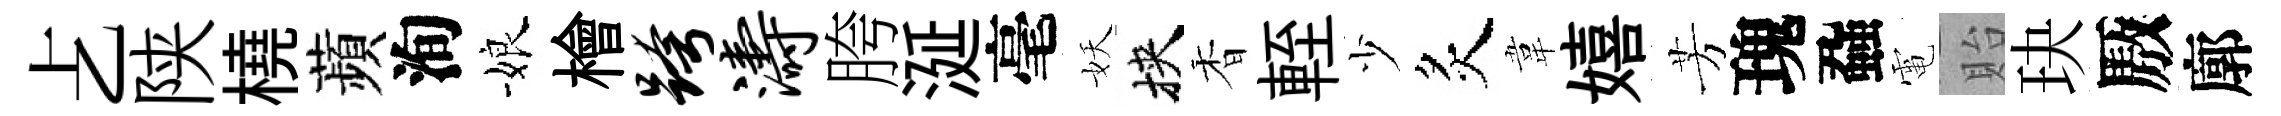
𠧒陕橈蘋洵娘檜跨涛胯涎毫妖挾香輊少炙韋嬉芳瑰蝨電貽玦厫廓